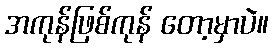
အကုန်ဖြစ်ကုန် တော့မှာပဲ။